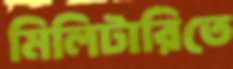
মিলিটারিতে